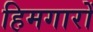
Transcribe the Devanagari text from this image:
हिमगारों